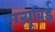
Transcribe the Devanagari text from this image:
एग्ज्यूबिई